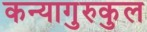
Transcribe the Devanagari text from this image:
कन्यागुरुकुल